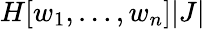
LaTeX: H[w_{1},\dots,w_{n}]|J|